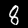
Digit: 8